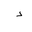
Letter: _dal